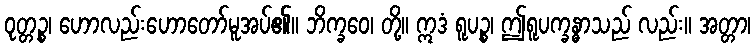
ဝုတ္တဉ္စ၊ ဟောလည်းဟောတော်မူအပ်၏။ ဘိက္ခဝေ၊ တို့။ ဣဒံ ရူပဉ္စ၊ ဤရူပက္ခန္ဓာသည် လည်း။ အတ္တာ၊